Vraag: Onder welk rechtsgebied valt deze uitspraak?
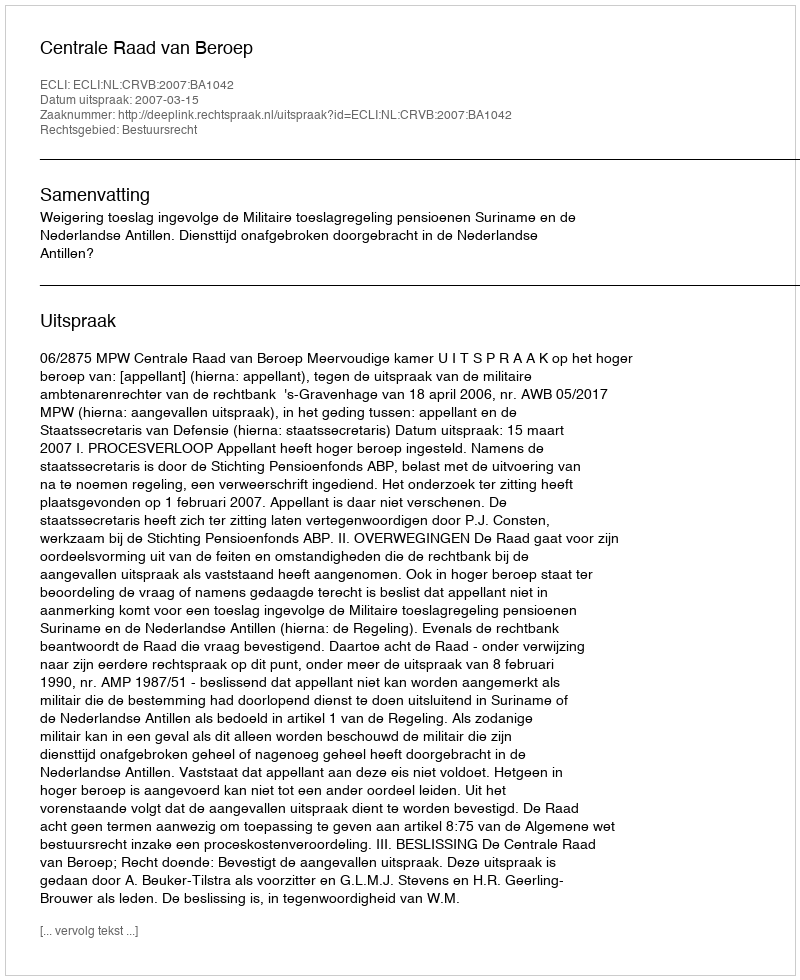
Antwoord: Bestuursrecht